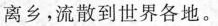
离乡，流散到世界各地。